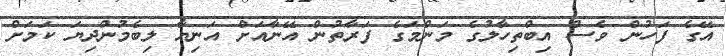
އޭގެ ފަހުން ވެސް އިބްތިހާލުގެ މަންމަގެ ފަރާތުން އޭނާއަށް އަނިޔާ ލިބެމުންދިޔަ ކަމަށް